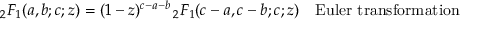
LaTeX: { } _ { 2 } F _ { 1 } ( a , b ; c ; z ) = ( 1 - z ) ^ { c - a - b } \, { } _ { 2 } F _ { 1 } ( c - a , c - b ; c ; z ) \ \ \ { \mathrm { E u l e r ~ t r a n s f o r m a t i o n } }